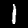
Label: 1